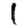
Digit: 1